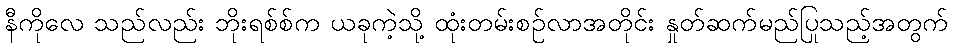
နီကိုလေ သည်လည်း ဘိုးရစ်စ်က ယခုကဲ့သို့ ထုံးတမ်းစဉ်လာအတိုင်း နှုတ်ဆက်မည်ပြုသည့်အတွက်